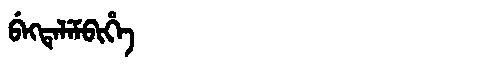
Manchu: ᠪᡝᡴᡨᡝᠯᡝᠮᠪᡳᡥᡝ
Romanization: BEKTELEMBIHE